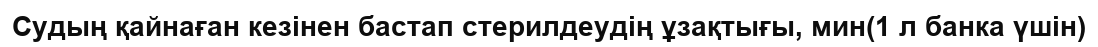
Судың қайнаған кезінен бастап стерилдеудің ұзақтығы, мин(1 л банка үшін)